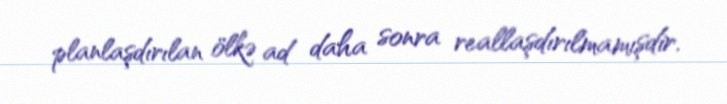
planlaşdırılan ölkə ad daha sonra reallaşdırılmamışdir.